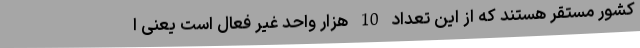
کشور مستقر هستند که از این تعداد 10 هزار واحد غیر فعال است یعنی ا